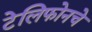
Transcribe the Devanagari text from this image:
टेलिफोनचे